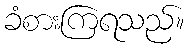
ခံစားကြရသည်။